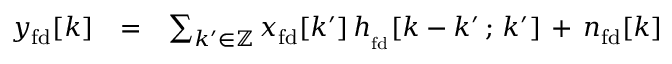
\begin{array} { r l r } { y _ { \mathrm { \footnotesize { f d } } } [ k ] } & { = } & { \sum _ { k ^ { \prime } \in { \mathbb Z } } x _ { \mathrm { \footnotesize { f d } } } [ k ^ { \prime } ] \, h _ { _ { \mathrm { \footnotesize { f d } } } } [ k - k ^ { \prime } \, ; \, k ^ { \prime } ] \, + \, n _ { \mathrm { \footnotesize { f d } } } [ k ] } \end{array}